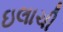
ઇલાચી